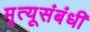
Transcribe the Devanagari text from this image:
मृत्यूसंबंधी